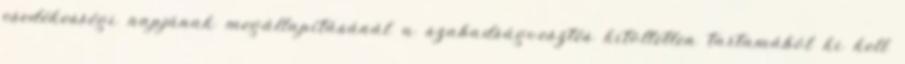
esedékességi napjának megállapításánál a szabadságvesztés kitöltetlen tartamából ki kell